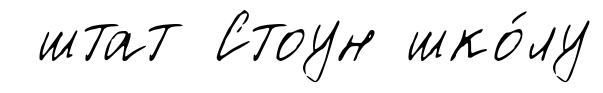
штат Стоун шко́лу